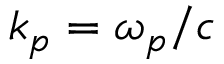
k _ { p } = \omega _ { p } / c